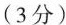
（3分）